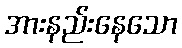
အားနည်းနေသော